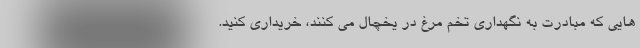
هایی که مبادرت به نگهداری تخم مرغ در یخچال می کنند، خریداری کنید.